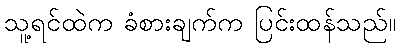
သူ့ရင်ထဲက ခံစားချက်က ပြင်းထန်သည်။